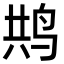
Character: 𮭥